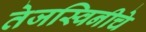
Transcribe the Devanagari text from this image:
तेजस्विनीचे